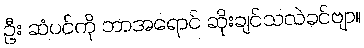
ဦး ဆံပင်ကို ဘာအရောင် ဆိုးချင်သလဲခင်ဗျာ။